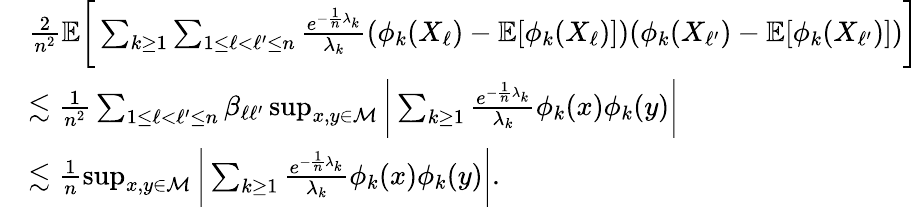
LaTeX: \begin{array}{rl}&{\frac 2{n^{2}}\mathbb{E}\bigg[\sum_{k\ge 1}\sum_{1\le\ell<\ell^{\prime}\le n}\frac{e^{-\frac 1n\lambda_{k}}}{\lambda_{k}}(\phi_{k}(X_{\ell})-\mathbb{E}[\phi_{k}(X_{\ell})])(\phi_{k}(X_{\ell^{\prime}})-\mathbb{E}[\phi_{k}(X_{\ell^{\prime}})])\bigg]}\\ &{\lesssim\frac 1{n^{2}}\sum_{1\le\ell<\ell^{\prime}\le n}\beta_{\ell\ell^{\prime}}\operatorname*{sup}_{x,y\in\mathcal{M}}\bigg\lvert\sum_{k\ge 1}\frac{e^{-\frac 1n\lambda_{k}}}{\lambda_{k}}\phi_{k}(x)\phi_{k}(y)\bigg\rvert}\\ &{\lesssim\frac 1n\operatorname*{sup}_{x,y\in\mathcal{M}}\bigg\lvert\sum_{k\ge 1}\frac{e^{-\frac 1n\lambda_{k}}}{\lambda_{k}}\phi_{k}(x)\phi_{k}(y)\bigg\rvert.}\end{array}